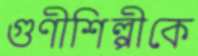
গুণীশিল্পীকে